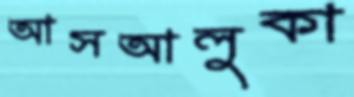
আসআলুকা